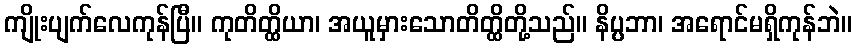
ကျိုးပျက်လေကုန်ပြီ။ ကုတိတ္ထိယာ၊ အယူမှားသောတိတ္ထိတို့သည်။ နိပ္ပဘာ၊ အရောင်မရှိကုန်ဘဲ။